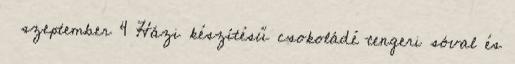
▼ szeptember 4 Házi készítésű csokoládé tengeri sóval és